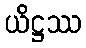
ယိဋ္ဌဿ